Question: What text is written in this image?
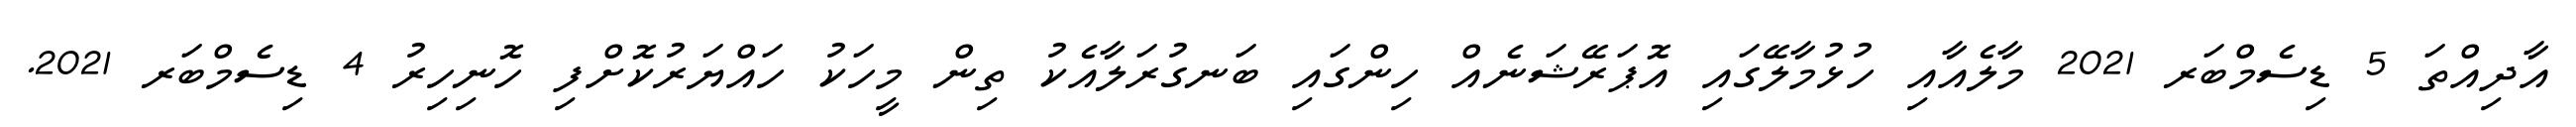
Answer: އާދިއްތަ 5 ޑިސެމްބަރ 2021 މާލެއާއި ހުޅުމާލޭގައި އޮޕަރޭޝަނެއް ހިންގައި ބަނގުރަލާއެކު ތިން މީހަކު ހައްޔަރުކޮށްފި ހޮނިހިރު 4 ޑިސެމްބަރ 2021.